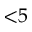
{ < } 5